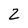
Character: 2